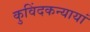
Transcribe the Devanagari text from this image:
कुविंदकन्यायां